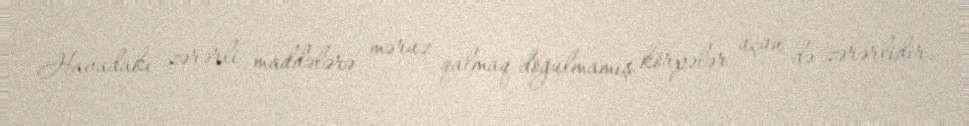
Havadakı zərərli maddələrə məruz qalmaq doğulmamış körpələr üçün də zərərlidir.